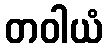
တဝါယံ